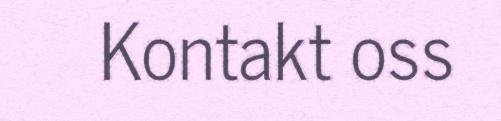
Kontakt oss